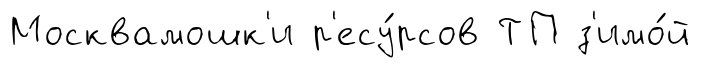
Москвамошк'и р'есу́рсов ТП з'имо́й